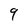
Character: 9